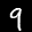
Label: 9